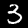
Digit: 3